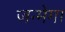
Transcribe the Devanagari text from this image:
जन्मेगा